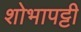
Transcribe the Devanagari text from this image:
शोभापट्टी